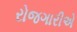
રોજગારીએ